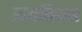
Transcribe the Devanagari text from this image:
ऱामकिशन